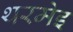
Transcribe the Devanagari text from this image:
थरमेइ